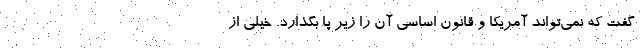
گفت که نمی‌تواند آمریکا و قانون اساسی آن را زیر پا بگذارد. خیلی از